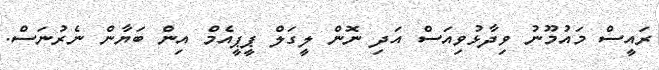
ރައީސް މައުމޫނު ވިދާޅުވިއަސް އަދި ނޮން ލީގަލް ޕީޕީއެމް އިން ބަޔާން ނެރުނަސް.